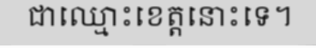
ជាឈ្មោះខេត្តនោះទេ។